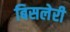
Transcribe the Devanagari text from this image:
बिसलेरी